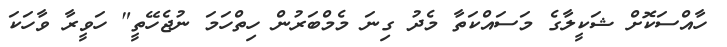
ހާއްސަކޮށް ޝަކީލާގެ މަސައްކަތާ މެދު ގިނަ މެމްބަރުން ހިތްހަމަ ނުޖެހޭތީ" ހަވީރާ ވާހަކަ